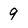
Character: 9